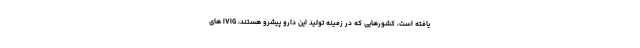
یافته است، کشورهایی که در زمینه تولید این دارو پیشرو هستند، IVIG های